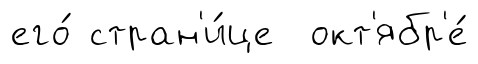
его́ стран'и́це окт'ябр'е́